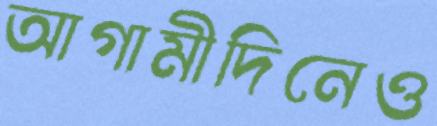
আগামীদিনেও